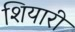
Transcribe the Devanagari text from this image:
शियारी